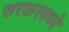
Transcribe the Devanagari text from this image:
सरकरमध्ये